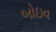
બોઇવ